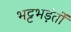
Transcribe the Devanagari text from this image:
भट्टभड़ंतों